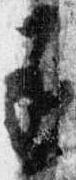
丞